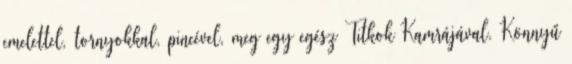
emelettel, tornyokkal, pincével, meg egy egész Titkok Kamrájával. Könnyű